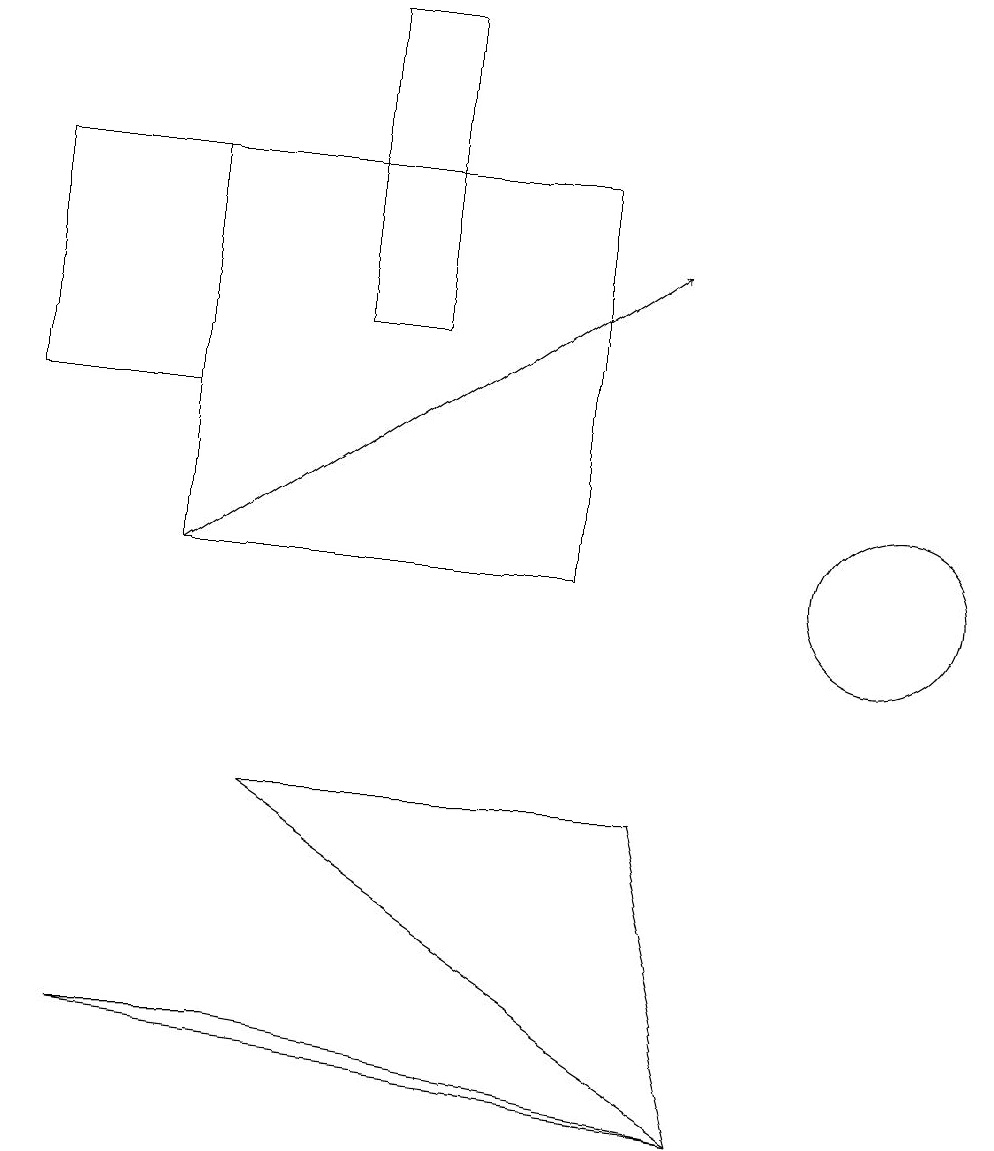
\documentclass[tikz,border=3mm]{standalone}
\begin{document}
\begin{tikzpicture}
\draw (5,18) rectangle (4,14);
\draw (3,5) -- (1,5) -- (9,4) -- cycle;
\draw (0,13) rectangle (2,16);
\draw (10,10) circle (0);
\draw[->] (2,11) -- (8,15);
\draw (2,16) rectangle (7,11);
\draw (11,11) circle (1);
\draw (9,4) -- (8,8) -- (3,8) -- cycle;
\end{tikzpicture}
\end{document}